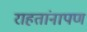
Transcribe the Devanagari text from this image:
राहतांनापण